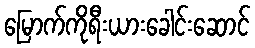
မြောက်ကိုရီးယားခေါင်းဆောင်